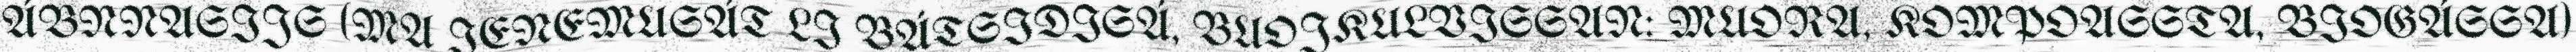
ÁBNNASIJS (MA IENEMUSÁT LI BÁTSIDISÁ, BUOJKULVISSAN: MUORA, KOMPOASSTA, BIOGÁSSA)